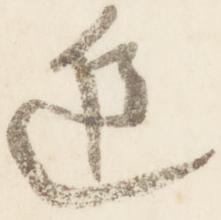
進